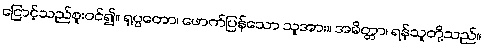
ငြောင့်သည်စူးဝင်၍။ ရုပ္ပတော၊ ဖောက်ပြန်သော သူအား။ အမိတ္တာ၊ ရန်သူတို့သည်။